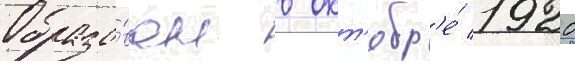
Образо́ван в окт'ябр'е́ 1920